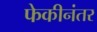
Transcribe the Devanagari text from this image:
फेकीनंतर